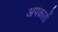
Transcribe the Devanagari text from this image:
अपकारों